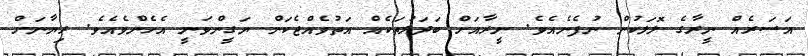
އަސަރެއް ނީރާގެ ލޮލަކުން ނުފެނެއެވެ. ނީރާއަށް ބަދަލުތަކެއް އަތުވެއްޖެކަން ޔަގީންވަނީ އެހެންވެއެވެ. ރިޔާނަށް